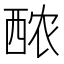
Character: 䙶